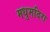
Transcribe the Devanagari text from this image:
मधुमदिरा